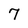
Character: 7